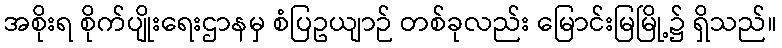
အစိုးရ စိုက်ပျိုးရေးဌာနမှ စံပြဥယျာဉ် တစ်ခုလည်း မြောင်းမြမြို့၌ ရှိသည်။